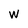
Character: W